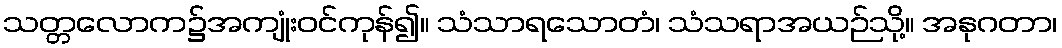
သတ္တလောက၌အကျုံးဝင်ကုန်၍။ သံသာရသောတံ၊ သံသရာအယဉ်သို့။ အနုဂတာ၊